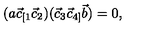
( a \vec { c } _ { [ 1 } \vec { c } _ { 2 } ) ( \vec { c } _ { 3 } \vec { c } _ { 4 ] } \vec { b } ) = 0 ,